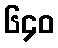
၆၄၀